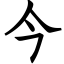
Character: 今